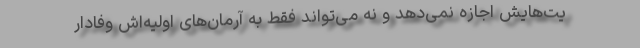
یت‌هایش اجازه نمی‌دهد و نه می‌تواند فقط به آرمان‌های اولیه‌اش وفادار